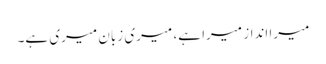
میرا انداز میرا ہے، میری زبان میری ہے۔